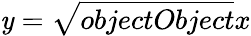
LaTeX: \mathit{y}={\sqrt{{{objectObject}}}{{x}}}